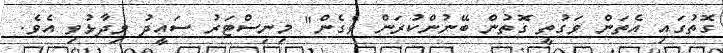
ގޮތުގައި އެތަން ވަގުތީ ގޮތުން ބޭނުންކުރަން ވެގެން" މިނިސްޓަރު ސައީދު ވިދާޅުވި އެވެ.